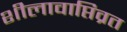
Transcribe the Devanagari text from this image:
शीलावाप्तिव्रत